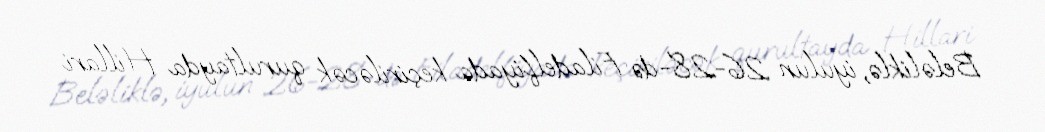
Beləliklə, iyulun 26-28-də Filadelfiyada keçiriləcək qurultayda Hillari